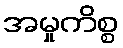
အမှုကိစ္စ